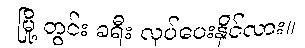
မြို့ တွင်း ခရီး လုပ်ပေးနိုင်လား။